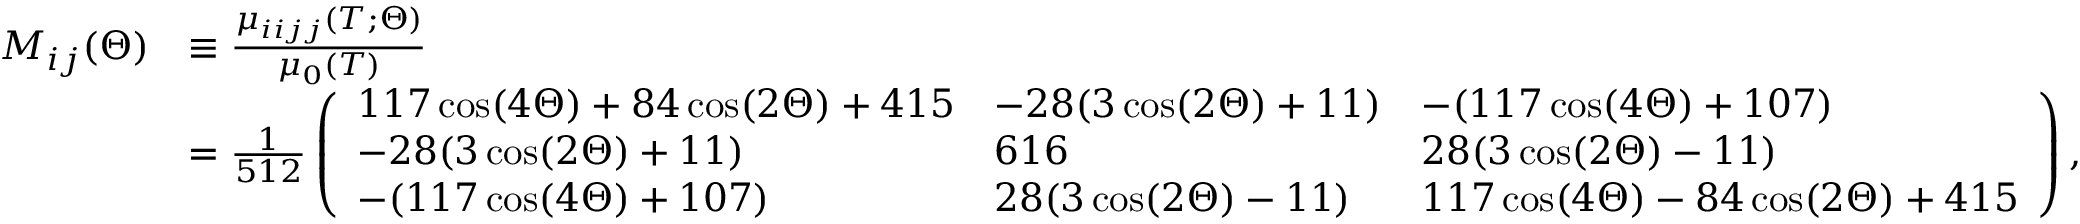
\begin{array} { r l } { M _ { i j } ( \Theta ) } & { \equiv \frac { \mu _ { i i j j } ( T ; \Theta ) } { \mu _ { 0 } ( T ) } } \\ & { = \frac { 1 } { 5 1 2 } \left( \begin{array} { l l l } { 1 1 7 \cos ( 4 \Theta ) + 8 4 \cos ( 2 \Theta ) + 4 1 5 } & { - 2 8 ( 3 \cos ( 2 \Theta ) + 1 1 ) } & { - ( 1 1 7 \cos ( 4 \Theta ) + 1 0 7 ) } \\ { - 2 8 ( 3 \cos ( 2 \Theta ) + 1 1 ) } & { 6 1 6 } & { 2 8 ( 3 \cos ( 2 \Theta ) - 1 1 ) } \\ { - ( 1 1 7 \cos ( 4 \Theta ) + 1 0 7 ) } & { 2 8 ( 3 \cos ( 2 \Theta ) - 1 1 ) } & { 1 1 7 \cos ( 4 \Theta ) - 8 4 \cos ( 2 \Theta ) + 4 1 5 } \end{array} \right) , } \end{array}